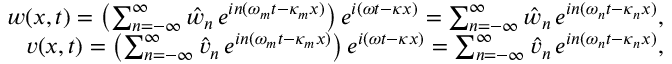
\begin{array} { r } { w ( x , t ) = \left( \sum _ { n = - \infty } ^ { \infty } \hat { w } _ { n } \, e ^ { i n ( \omega _ { m } t - \kappa _ { m } x ) } \right) e ^ { i ( \omega t - \kappa x ) } = \sum _ { n = - \infty } ^ { \infty } \hat { w } _ { n } \, e ^ { i n ( \omega _ { n } t - \kappa _ { n } x ) } , } \\ { v ( x , t ) = \left( \sum _ { n = - \infty } ^ { \infty } \hat { v } _ { n } \, e ^ { i n ( \omega _ { m } t - \kappa _ { m } x ) } \right) e ^ { i ( \omega t - \kappa x ) } = \sum _ { n = - \infty } ^ { \infty } \hat { v } _ { n } \, e ^ { i n ( \omega _ { n } t - \kappa _ { n } x ) } , } \end{array}